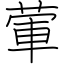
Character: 葷